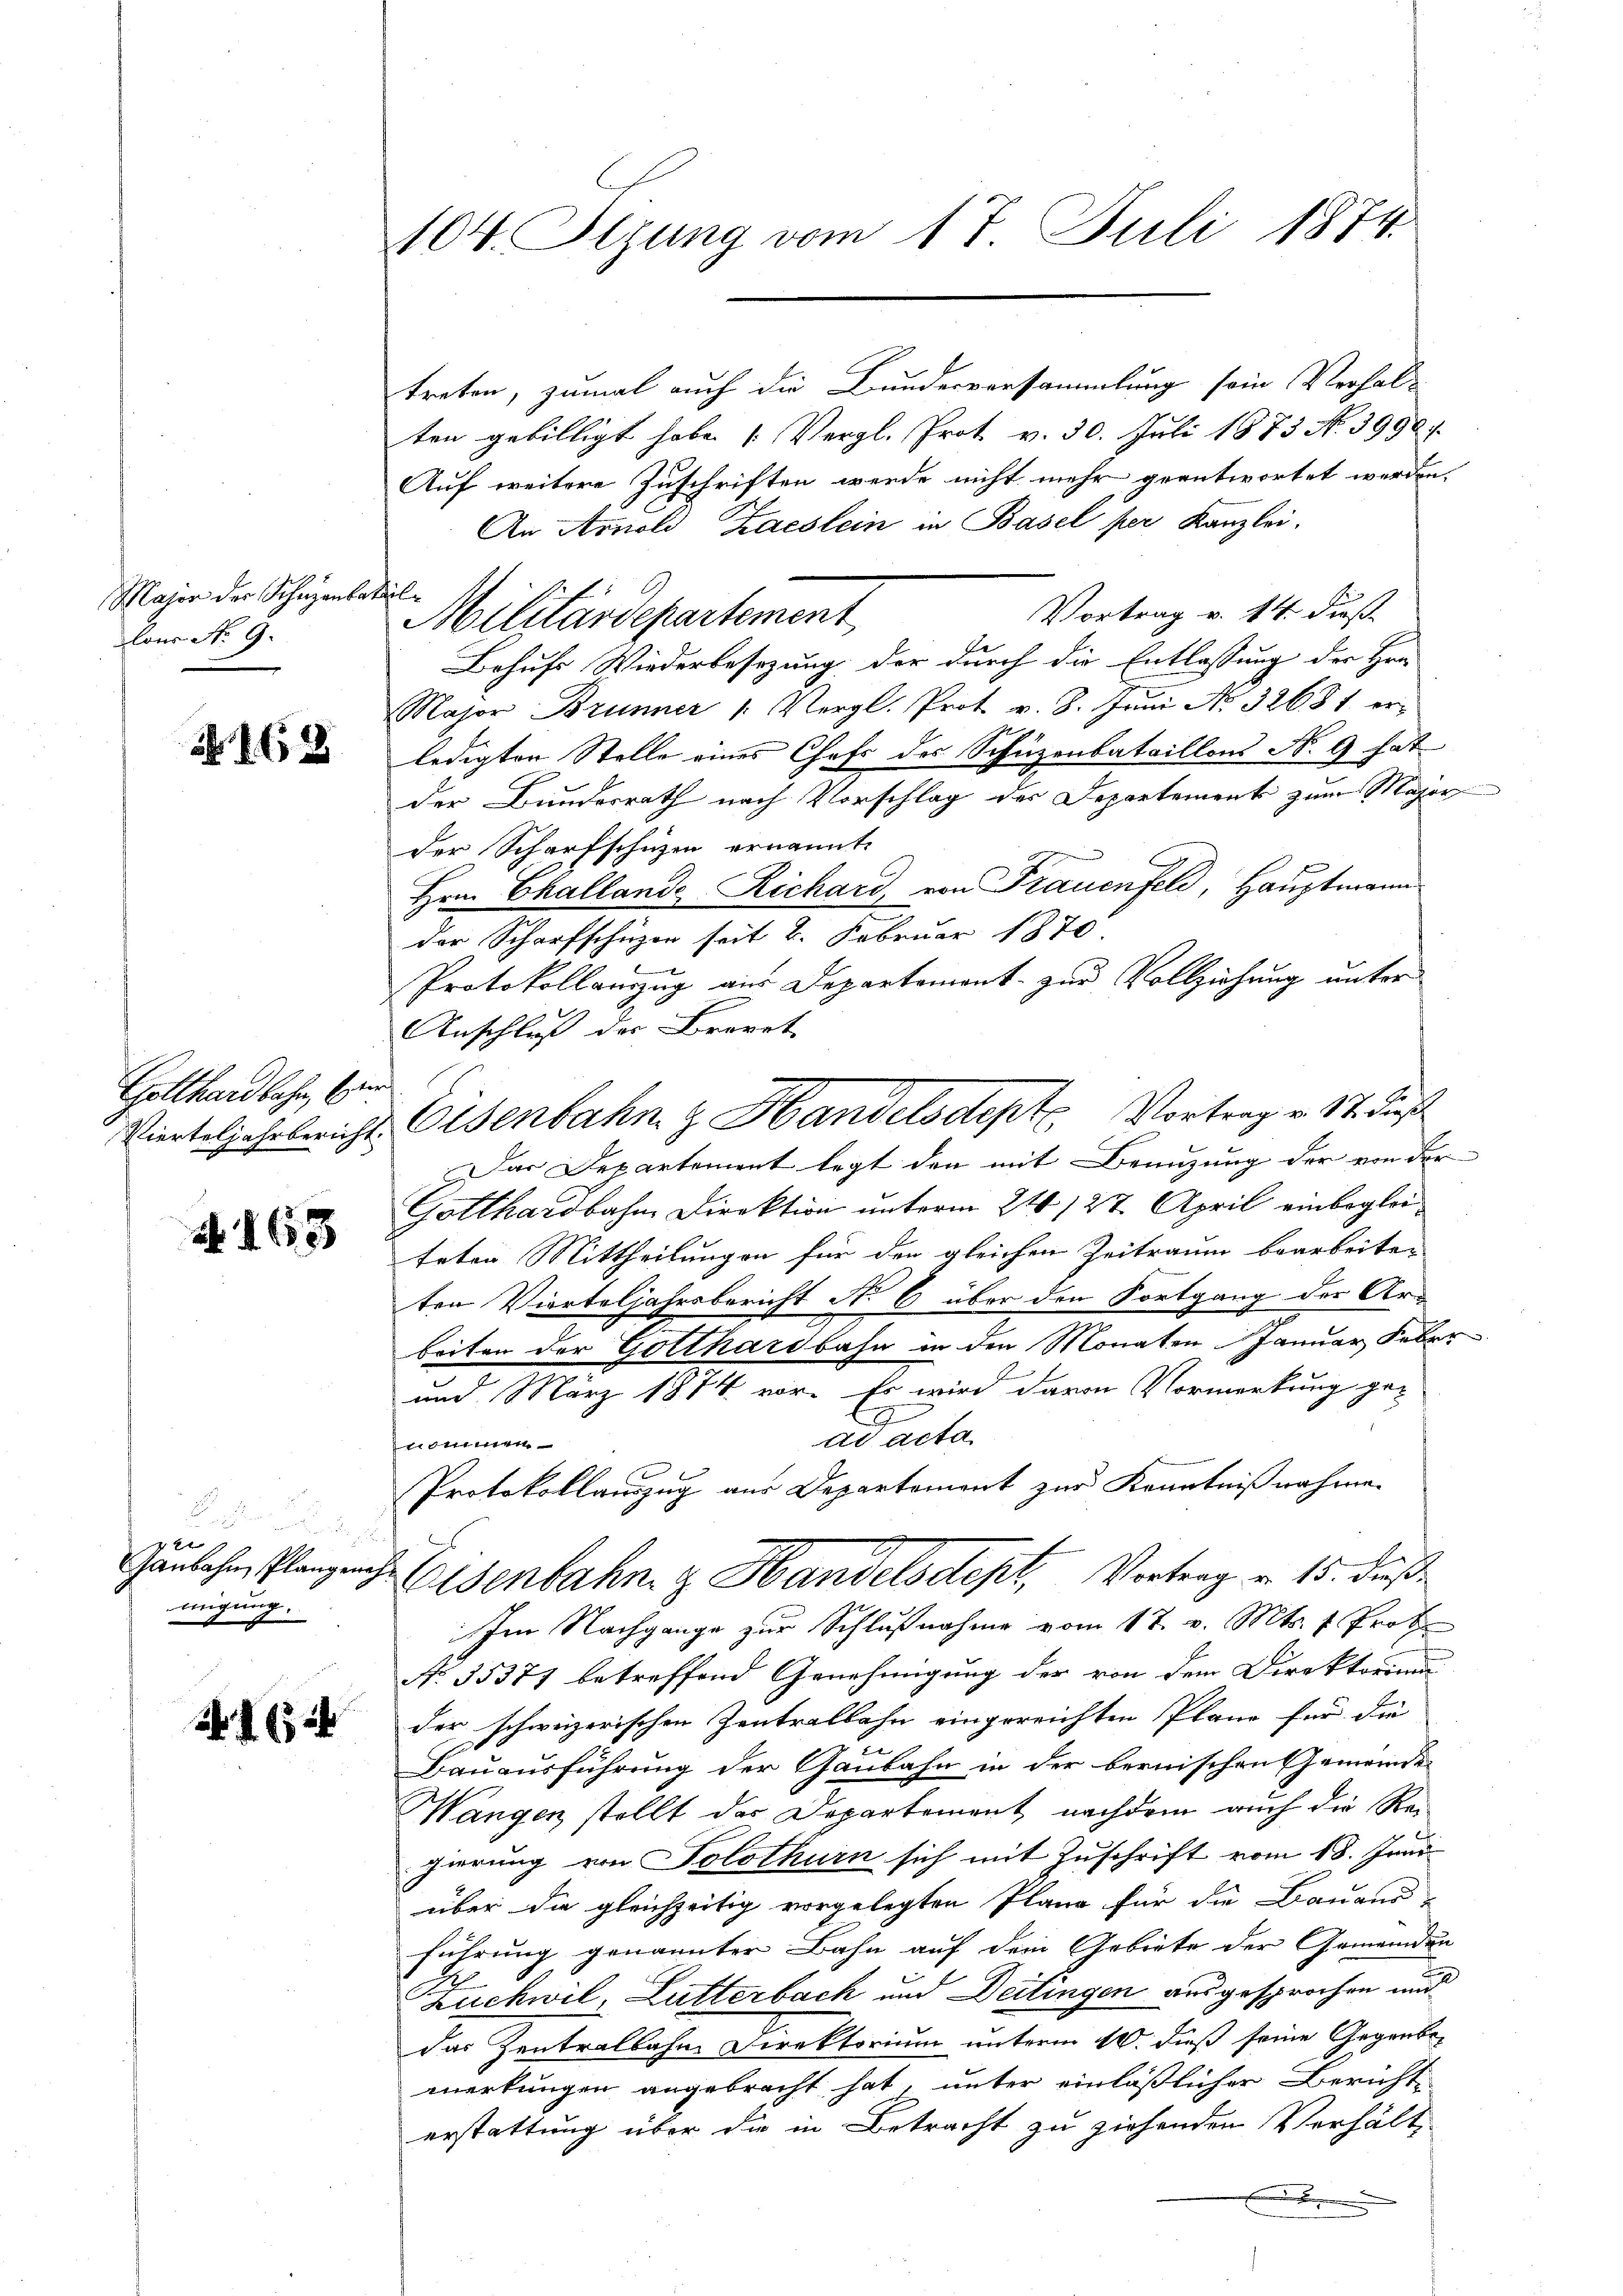
Major der Schazanba
lons No 9.

162

Gotthardbahn, Ein

2. 16553

e
42
Ganbahn, Plangena
migung.

A. S. 32

104. Sizung vom 17. Juli 1874.

treten, zumal auch die Bundesversammlung sein Verhalten gebilligt habe [Vergl. Prot. v. 30. Juli 1873 N. 3990.
Auf weitere Zuschriften werde nicht mehr geantwortet werden.
An Arnold Kaeslein in Basel per Kanzlei.
i
Vortrag v. 14. dieß
Militärdepartement
Behufs Wiederbesizung der durch die Entlassung der Hrn.
Major Brunner 1. Vergl. Prot v. 8. Jŭni No 32681. erledigten Stelle eines Chefs des Schüzenbataillons No 9 hat
der Bundesrath nach Vorschlag der Departements zum Major
der Scharfschuzen ernannte
Hrn. Challande Richard, von Frauenfeld, Hauptmann
der Scharfschüzen seit 8. Februar 1870
.
Protokollauszug aus Departement zur Vollziehung unter
Anschluß der Brevet
Vierteljahr bericht. Eisenbahn z. Handelsdept Vortrag v. St. Dies
ar Departement legt den mit Benuzung der von der
Gotthardbahne Direktion unterm 24. 27. April einbegleiteten Mittheilungen für den gleichen Zeitraum bearbeiten
ten Vierteljahrsbericht No 6 über den Fortgang der Arbeiten der Gotthardbahn in den Monaten Januar Feber
und März 1874 vor. Es wird davon Vormerkung ge¬
9
ad acta
nommen
Protokollauszug aus Departement zur Kenntnißnahme.
MEisenbahn z. Handelsdept, Vertrag v. 15. daß
Im Nachgange zur Schlußnahme vom 17. v. Mts. v. Prot
No 35371 betreffend Genehmigung der von dem Direktorium
der schweizerischen Zentralbahn eingereichten Pläne für die
Bauausführung der Gaubahn in der bernischen Gemeinde
Wangen stellt der Departement nachdem auch die Reigierung von Solothurn sich mit Zuschrift vom 18. Juni
über die gleichzeitig vorgelegten Planz für die Bauaus-
führung genannter Bahn auf dem Gebiete der Gemeinden
Zuchwil, Lutterbach und Deitingen ausgesprochen und
das Zentralbahne Direktorium unterm 10. dieß seine Gegenbe-
merkungen angebracht hat, unter einläßlicher Berichte
erstattung über die in Betracht zu ziehenden Verhält
.